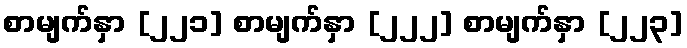
စာမျက်နှာ [၂၂၁] စာမျက်နှာ [၂၂၂] စာမျက်နှာ [၂၂၃]